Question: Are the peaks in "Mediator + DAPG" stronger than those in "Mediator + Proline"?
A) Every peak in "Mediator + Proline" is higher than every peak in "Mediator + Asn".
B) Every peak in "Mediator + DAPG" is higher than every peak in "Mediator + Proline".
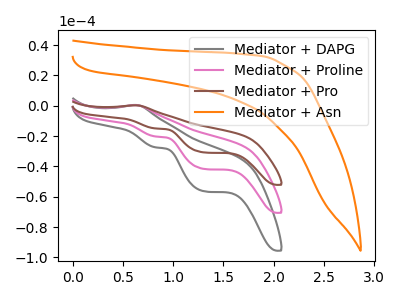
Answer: <think>The gray curve "Mediator + DAPG" has an anodic peak at (0.65V, 0.55uA) and cathodic peaks at (0.85V, -27.45uA) (1.30V, -56.45uA). The pink curve "Mediator + Proline" has an anodic peak at (0.65V, 0.40uA) and cathodic peaks at (0.85V, -20.25uA) (1.30V, -41.70uA). The brown curve "Mediator + Pro" has an anodic peak at (0.65V, 0.80uA) and cathodic peaks at (0.85V, -40.55uA) (1.30V, -83.40uA). The orange curve "Mediator + Asn" has no peaks.</think>
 <answer>B) Every peak in "Mediator + DAPG" is higher than every peak in "Mediator + Proline".</answer>
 <eval>B</eval>